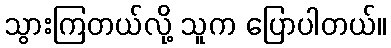
သွားကြတယ်လို့ သူက ပြောပါတယ်။